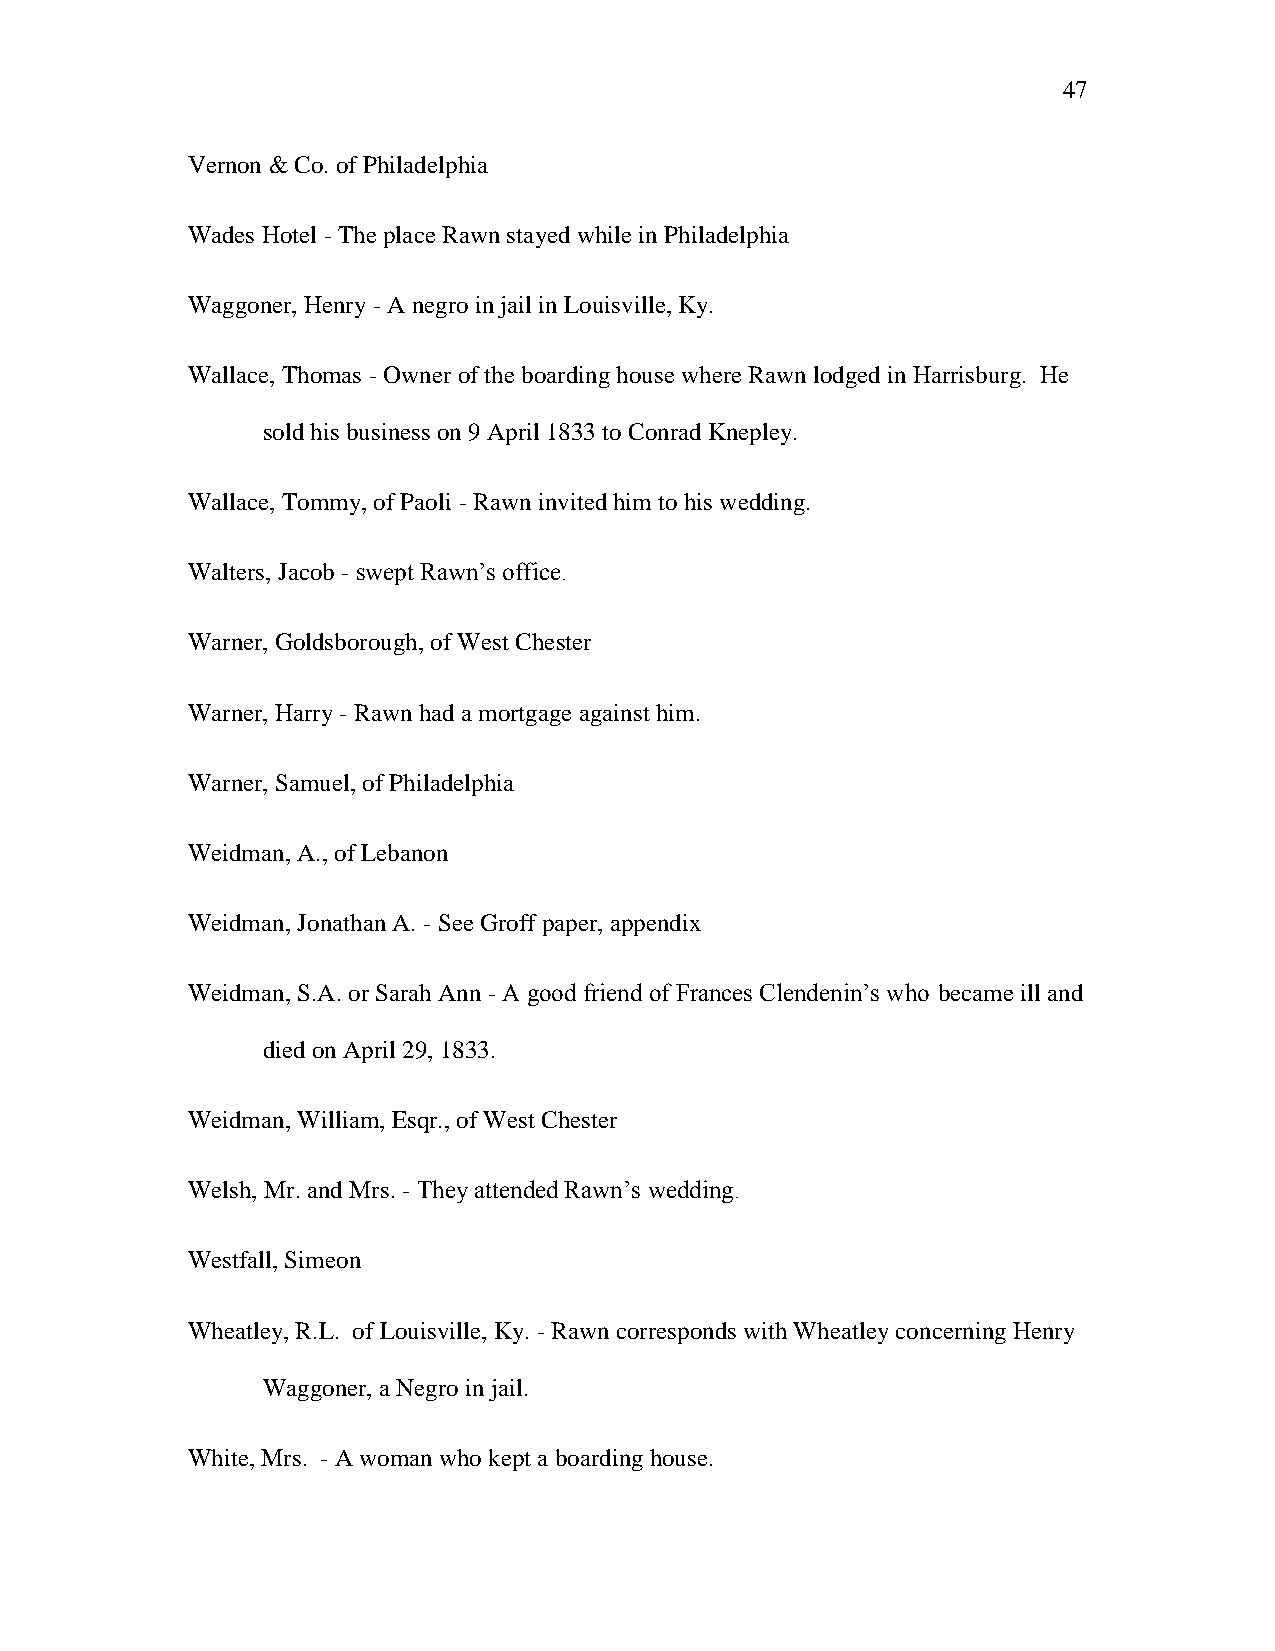
47
 Vernon & Co. of Philadelphia
 Wades Hotel - The place Rawn stayed while in Philadelphia
 Waggoner, Henry - A negro in jail in Louisville, Ky.
 Wallace, Thomas - Owner of the boarding house where Rawn lodged in Harrisburg. He
 sold his business on 9 April 1833 to Conrad Knepley.
 Wallace, Tommy, of Paoli - Rawn invited him to his wedding.
 Walters, Jacob - swept Rawn‘s office.
 Warner, Goldsborough, of West Chester
 Warner, Harry - Rawn had a mortgage against him.
 Warner, Samuel, of Philadelphia
 Weidman, A., of Lebanon
 Weidman, Jonathan A. - See Groff paper, appendix
 Weidman, S.A. or Sarah Ann - A good friend of Frances Clendenin‘s who became ill and
 died on April 29, 1833.
 Weidman, William, Esqr., of West Chester
 Welsh, Mr. and Mrs. - They attended Rawn‘s wedding.
 Westfall, Simeon
 Wheatley, R.L. of Louisville, Ky. - Rawn corresponds with Wheatley concerning Henry
 Waggoner, a Negro in jail.
 White, Mrs. - A woman who kept a boarding house.